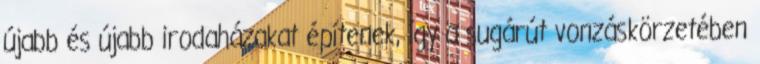
újabb és újabb irodaházakat építenek, így a sugárút vonzáskörzetében